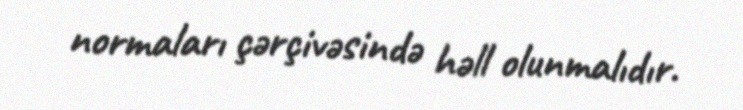
normaları çərçivəsində həll olunmalıdır.